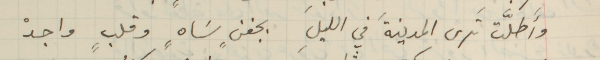
وأَطلَّت ترى المدينةَ في الليلِ بخفنٍ سَاهٍ وقلبٍ واجدْ